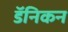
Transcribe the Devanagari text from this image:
डॅनिकन